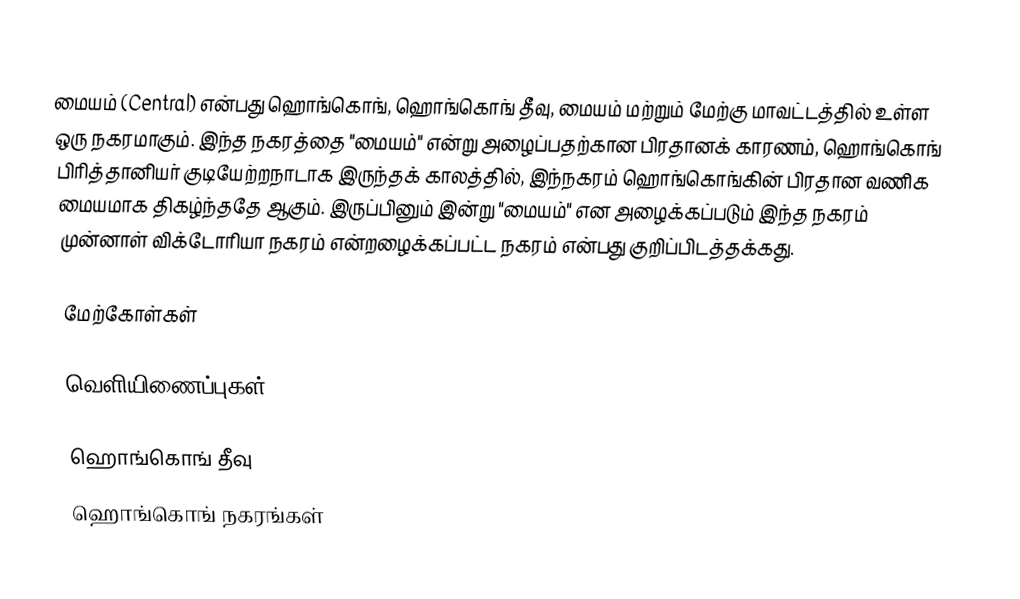
மையம் (Central) என்பது ஹொங்கொங், ஹொங்கொங் தீவு, மையம் மற்றும் மேற்கு மாவட்டத்தில் உள்ள ஒரு நகரமாகும். இந்த நகரத்தை "மையம்" என்று அழைப்பதற்கான பிரதானக் காரணம், ஹொங்கொங் பிரித்தானியர் குடியேற்றநாடாக இருந்தக் காலத்தில், இந்நகரம் ஹொங்கொங்கின் பிரதான வணிக மையமாக திகழ்ந்ததே ஆகும். இருப்பினும் இன்று "மையம்" என அழைக்கப்படும் இந்த நகரம் முன்னாள் விக்டோரியா நகரம் என்றழைக்கப்பட்ட நகரம் என்பது குறிப்பிடத்தக்கது.

மேற்கோள்கள்

வெளியிணைப்புகள்

ஹொங்கொங் தீவு
ஹொங்கொங் நகரங்கள்